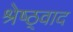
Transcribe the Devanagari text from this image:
श्रेष्ठ्वाद